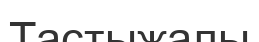
Тастыжалы